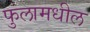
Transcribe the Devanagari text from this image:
फुलामधील